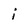
Character: i